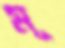
মূ